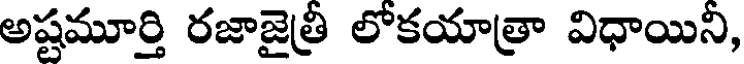
అష్టమూర్తి రజాజైత్రి లోకయాత్రా విధాయిని,